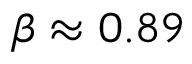
\beta \approx 0 . 8 9